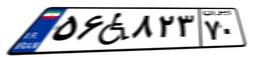
۵۶W۸۲۳۷۰